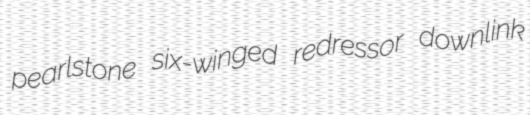
pearlstone six-winged redressor downlink